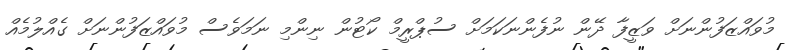
މުވައްޒަފުންނަށް ވަޒީފާ ދޭން ނުފެންނަކަމަށް ސުޕްރީމް ކޯޓުން ނިންމި ނަމަވެސް މުވައްޒަފުންނަށް ގެއްލުމެއް